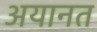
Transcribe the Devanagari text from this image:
अयानत